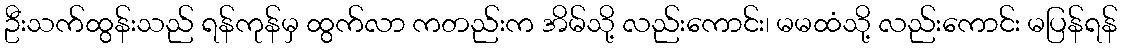
ဦးသက်ထွန်းသည် ရန်ကုန်မှ ထွက်လာ ကတည်းက အိမ်သို့ လည်းကောင်း၊ မမထံသို့ လည်းကောင်း မပြန်ရန်